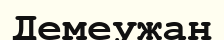
Демеужан